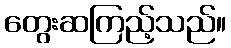
တွေးဆကြည့်သည်။